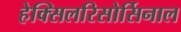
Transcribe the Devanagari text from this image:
हेक्सिलरिसोर्सिनाल